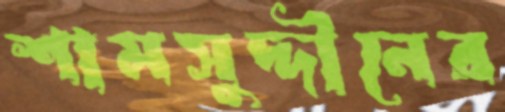
শামসুদ্দীনের